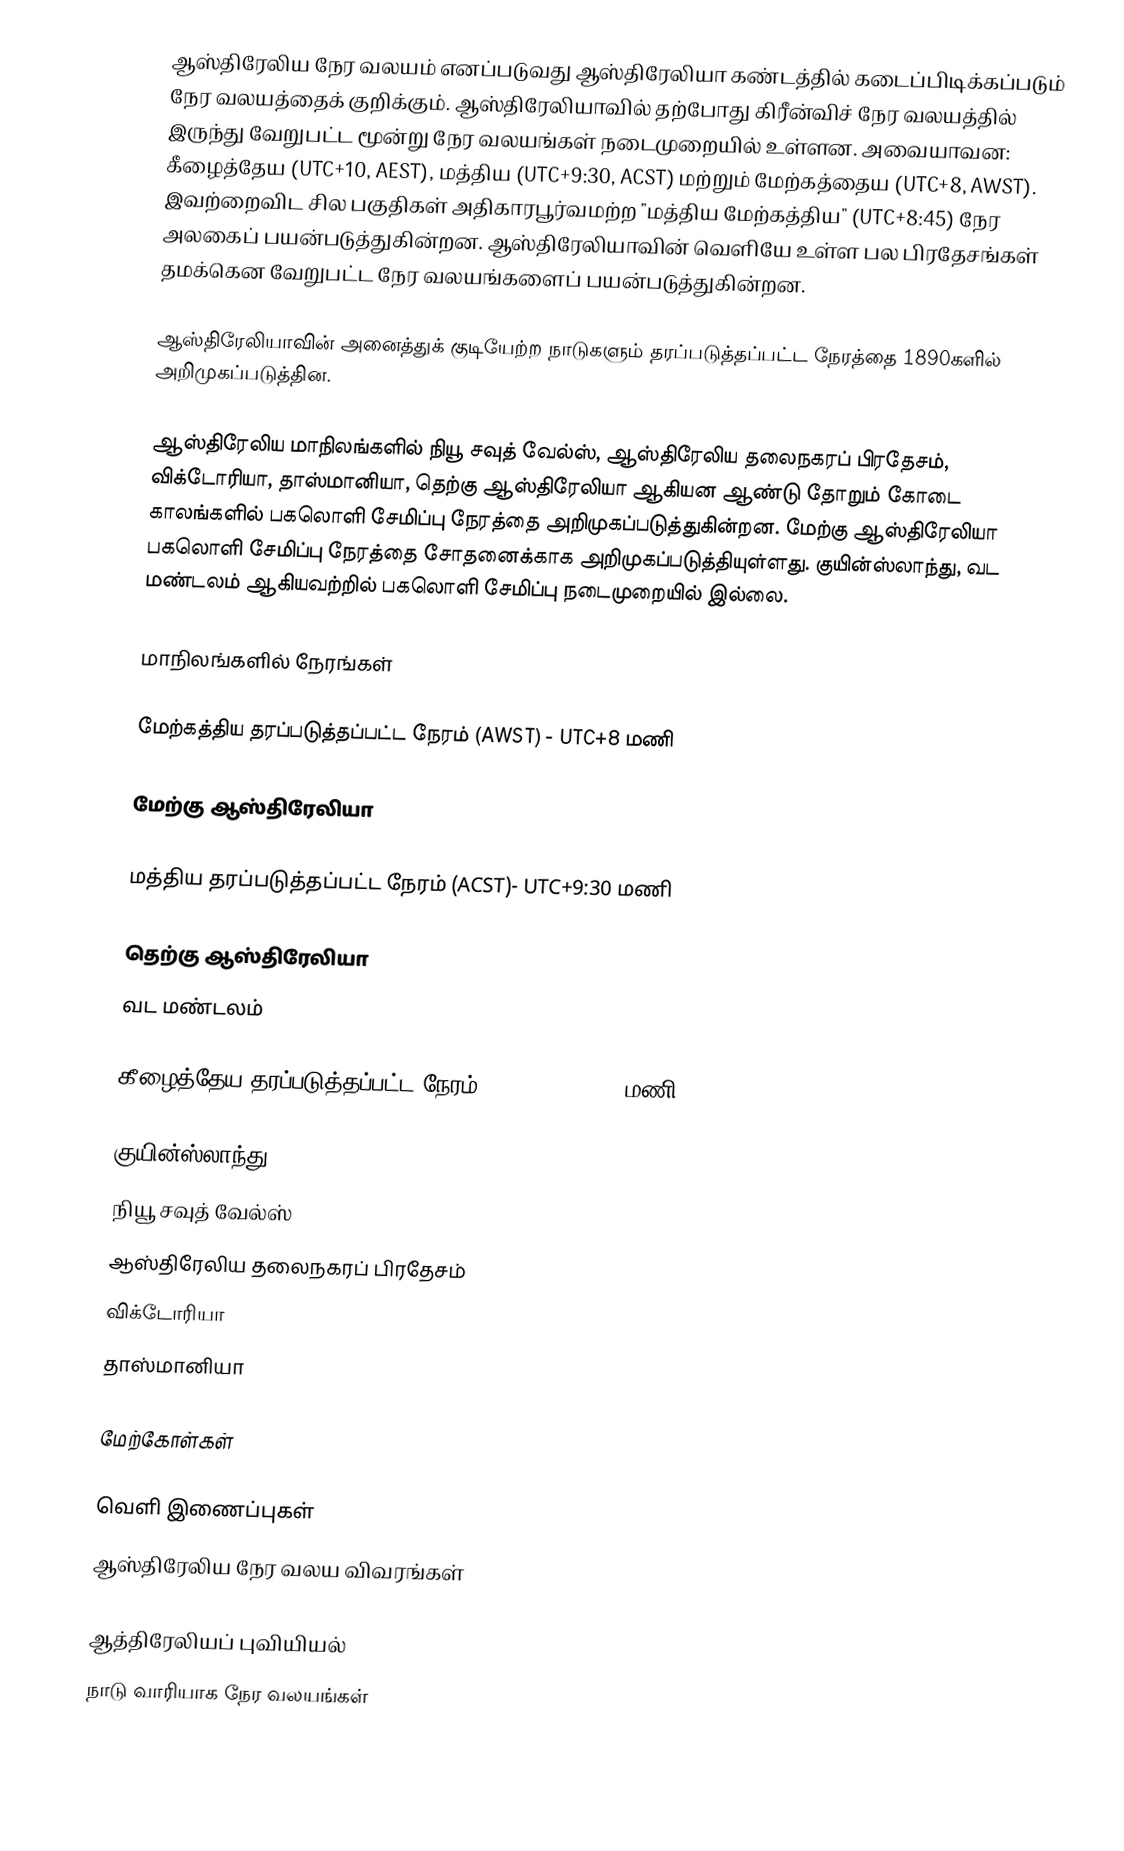
ஆஸ்திரேலிய நேர வலயம் எனப்படுவது ஆஸ்திரேலியா கண்டத்தில் கடைப்பிடிக்கப்படும் நேர வலயத்தைக் குறிக்கும். ஆஸ்திரேலியாவில் தற்போது கிரீன்விச் நேர வலயத்தில் இருந்து வேறுபட்ட மூன்று நேர வலயங்கள் நடைமுறையில் உள்ளன. அவையாவன: கீழைத்தேய (UTC+10, AEST), மத்திய (UTC+9:30, ACST) மற்றும் மேற்கத்தைய (UTC+8, AWST). இவற்றைவிட சில பகுதிகள் அதிகாரபூர்வமற்ற "மத்திய மேற்கத்திய" (UTC+8:45) நேர அலகைப் பயன்படுத்துகின்றன. ஆஸ்திரேலியாவின் வெளியே உள்ள பல பிரதேசங்கள் தமக்கென வேறுபட்ட நேர வலயங்களைப் பயன்படுத்துகின்றன.

ஆஸ்திரேலியாவின் அனைத்துக் குடியேற்ற நாடுகளும் தரப்படுத்தப்பட்ட நேரத்தை 1890களில் அறிமுகப்படுத்தின.

ஆஸ்திரேலிய மாநிலங்களில் நியூ சவுத் வேல்ஸ், ஆஸ்திரேலிய தலைநகரப் பிரதேசம், விக்டோரியா, தாஸ்மானியா, தெற்கு ஆஸ்திரேலியா ஆகியன ஆண்டு தோறும் கோடை காலங்களில் பகலொளி சேமிப்பு நேரத்தை அறிமுகப்படுத்துகின்றன. மேற்கு ஆஸ்திரேலியா பகலொளி சேமிப்பு நேரத்தை சோதனைக்காக அறிமுகப்படுத்தியுள்ளது. குயின்ஸ்லாந்து, வட மண்டலம் ஆகியவற்றில் பகலொளி சேமிப்பு நடைமுறையில் இல்லை.

மாநிலங்களில் நேரங்கள்

மேற்கத்திய தரப்படுத்தப்பட்ட நேரம் (AWST) - UTC+8 மணி

மேற்கு ஆஸ்திரேலியா

மத்திய தரப்படுத்தப்பட்ட நேரம் (ACST)- UTC+9:30 மணி

 தெற்கு ஆஸ்திரேலியா
 வட மண்டலம்

கீழைத்தேய தரப்படுத்தப்பட்ட நேரம் (AEST) - UTC+10 மணி

 குயின்ஸ்லாந்து
 நியூ சவுத் வேல்ஸ்
 ஆஸ்திரேலிய தலைநகரப் பிரதேசம்
 விக்டோரியா
 தாஸ்மானியா

மேற்கோள்கள்

வெளி இணைப்புகள்
 ஆஸ்திரேலிய நேர வலய விவரங்கள்

ஆத்திரேலியப் புவியியல்
நாடு வாரியாக நேர வலயங்கள்